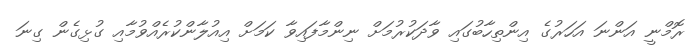
ރޮމްނީ އަންނަ އަހަރުގެ އިންތިހާބުގައި ވާދަކުރުމަށް ނިންމާފައިވާ ކަމަށް އިއުލާންކުރެއްވުމާއި ގުޅިގެން ގިނަ